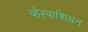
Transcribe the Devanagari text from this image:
व्हेस्पाशियन